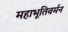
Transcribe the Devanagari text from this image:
महाभूतिवर्मन